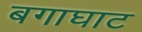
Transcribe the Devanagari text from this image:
बगाघाट